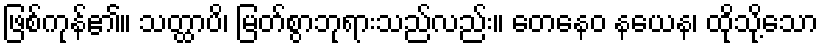
ဖြစ်ကုန်၏။ သတ္ထာပိ၊ မြတ်စွာဘုရားသည်လည်း။ တေနေဝ နယေန၊ ထိုသို့သော